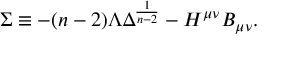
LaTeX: \Sigma \equiv - ( n - 2 ) \Lambda \Delta ^ { \frac { 1 } { n - 2 } } - H ^ { \mu \nu } B _ { \mu \nu } .